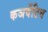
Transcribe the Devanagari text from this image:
कञर्वेटिव